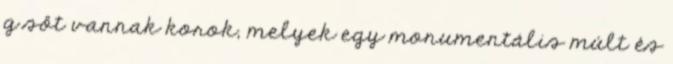
g sőt vannak korok, melyek egy monumentális múlt és